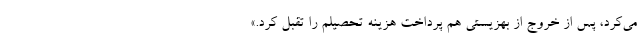
می‌کرد، پس از خروج از بهزیستی هم پرداخت هزینه تحصیلم را تقبل کرد.»